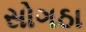
સોગઠા